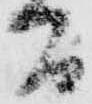
間